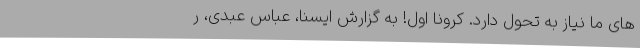
های ما نیاز به تحول دارد. کرونا اول! به گزارش ایسنا، عباس عبدی، ر